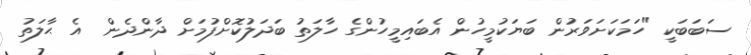
ސަބަބަކީ "ހަމަކަށަވަރުން ބަޔަކުމީހުން އެބައިމީހުންގެ ހާލަތު ބަދަލުކޮށްފުމަށް ދާންދެން  އެ ޙާލަތު